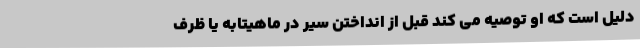
دلیل است که او توصیه می کند قبل از انداختن سیر در ماهیتابه یا ظرف